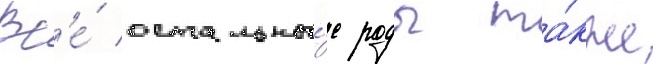
Вс'е́ остальны́е роды та́кже